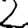
Digit: 2